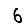
Digit: 6